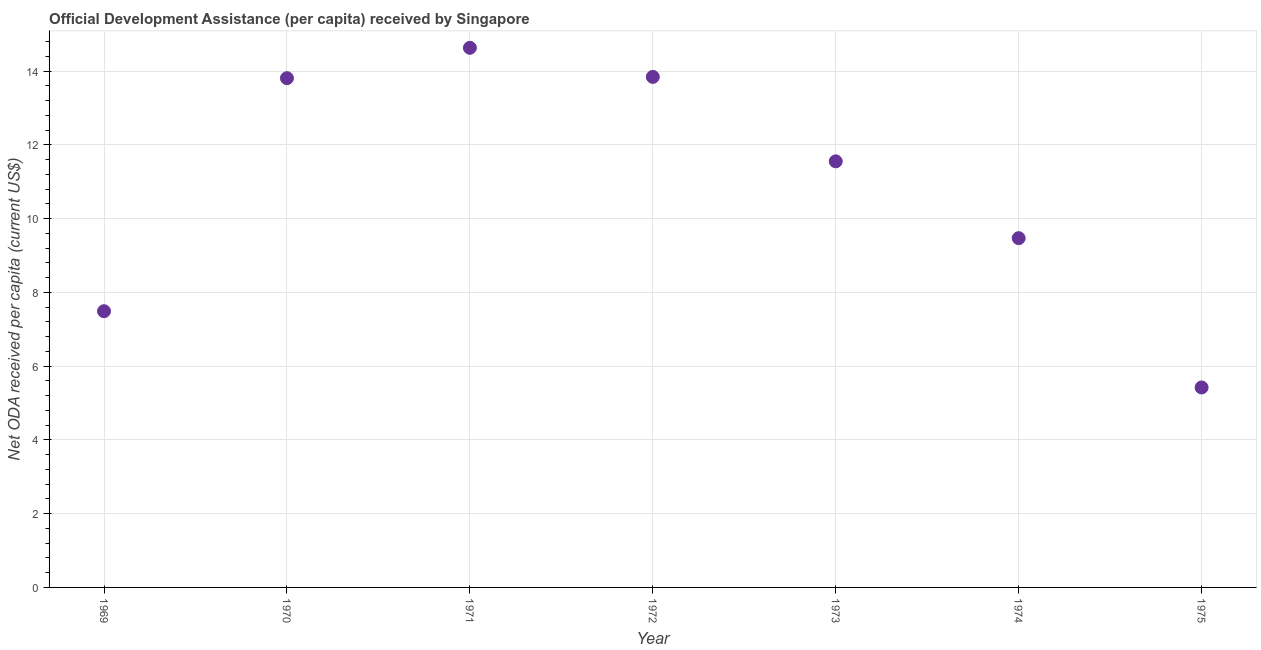
| Year | Net ODA received per capita |
 | --- | --- |
 | 1969 | 7.49 |
 | 1970 | 13.8 |
 | 1971 | 14.6 |
 | 1972 | 13.8 |
 | 1973 | 11.6 |
 | 1974 | 9.47 |
 | 1975 | 5.42 |